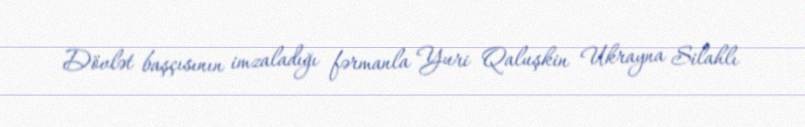
Dövlət başçısının imzaladığı fərmanla Yuri Qaluşkin Ukrayna Silahlı